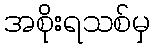
အစိုးရသစ်မှ